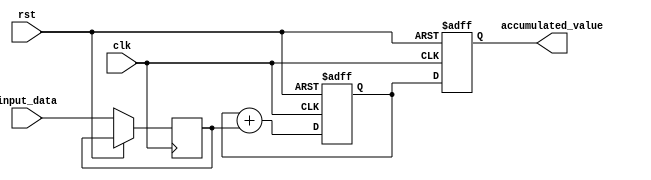
module simple_accumulator(
    input wire clk,
    input wire rst,
    input wire [7:0] input_data,
    output reg [15:0] accumulated_value
);

reg [15:0] temp_accumulated_value;
reg [7:0] input_data_reg;

always @(posedge clk or posedge rst) begin
    if (rst) begin
        accumulated_value <= 16'b0;
        temp_accumulated_value <= 16'b0;
    end else begin
        input_data_reg <= input_data;
        temp_accumulated_value <= temp_accumulated_value + input_data_reg;
        accumulated_value <= temp_accumulated_value;
    end
end

endmodule